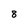
Character: 8